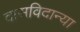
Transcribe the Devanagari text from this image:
दासविदान्या